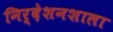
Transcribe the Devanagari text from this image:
निर्देशनशाला